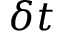
\delta t